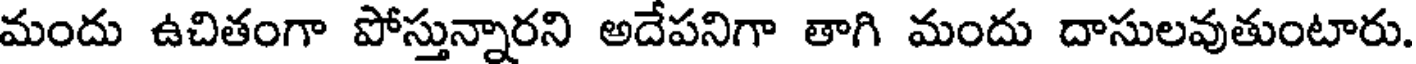
మందు ఉచితంగా పోస్తున్నారని అదేపనిగా తాగి మందు దాసులవుతుంటారు